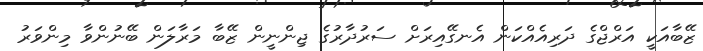
ޒޭބާއަކީ އަރްޖްގެ ދަރިއެއްކަން އެނގޭއިރަށް ސަރުދާރުގެ ޖިންނީން ޒޭބާ މަރާލަން ބޭނުންވާ މިންވަރު